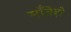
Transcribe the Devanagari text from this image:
माँतेहो